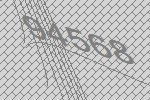
94568